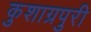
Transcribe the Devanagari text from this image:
कुशाग्रपुरी